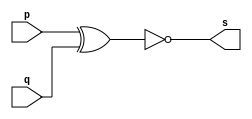
// Exercicio03 - XNOR  
// Nome: Julio Miranda Machado 

// -- xnor gate

module xnorgate(output s, input p, input q);
 assign s = (~(p ^ q));
endmodule // xnorgate

module testxnorgate;
 reg a, b;
 wire s;

xnorgate XNOR1 (s, a, b);

initial begin: start
	a = 0;
	b = 0;
end

initial begin: main
	$display("Exercicio03 - Julio Miranda Machado - 435666"); 
	$display("Test xnor gate");
	$display("\n\t\t\t(~(a ^ b)) = s\n");
	$monitor("%d\t(~(%b ^ %b)) = %b", $time,a, b, s);
	#1 a = 0; b = 0;
	#1 a = 0; b = 1;
	#1 a = 1; b = 0;
	#1 a = 1; b = 1;
end
endmodule // testxnorgate